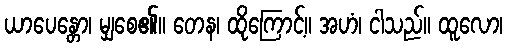
ယာပေန္တော၊ မျှစေ၏။ တေန၊ ထိုကြောင့်။ အဟံ၊ ငါသည်။ ထူလော၊